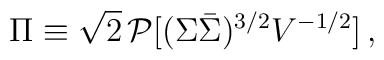
\Pi\equiv\sqrt{2}\,{\cal P}[(\Sigma\bar{\Sigma})^{3/2}V^{-1/2}]\, ,